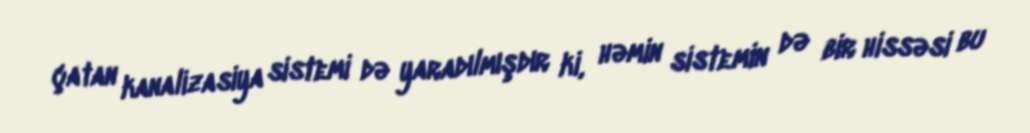
çatan kanalizasiya sistemi də yaradılmışdır ki, həmin sistemin də bir hissəsi bu